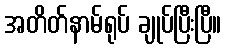
အတိတ်နာမ်ရုပ် ချုပ်ပြီးပြီ။